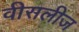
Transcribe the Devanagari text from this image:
वीसलीज